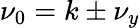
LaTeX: \nu_{0}=k\pm\nu_{y}